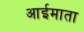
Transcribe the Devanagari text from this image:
आईमाता